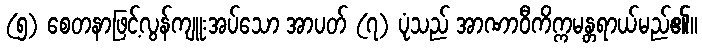
(၅) စေတနာဖြင့်လွန်ကျူးအပ်သော အာပတ် (၇) ပုံသည် အာဏာဝီကိက္ကမန္တရာယ်မည်၏။